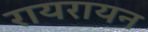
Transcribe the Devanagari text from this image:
रायरायन